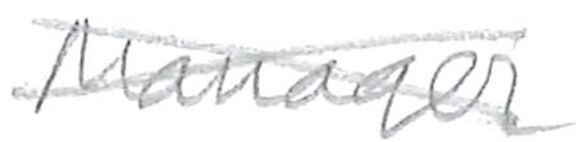
Text: Manager
Cross-out: cross
Writing tool: pencil